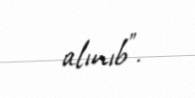
alınıb”.